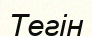
Тегін